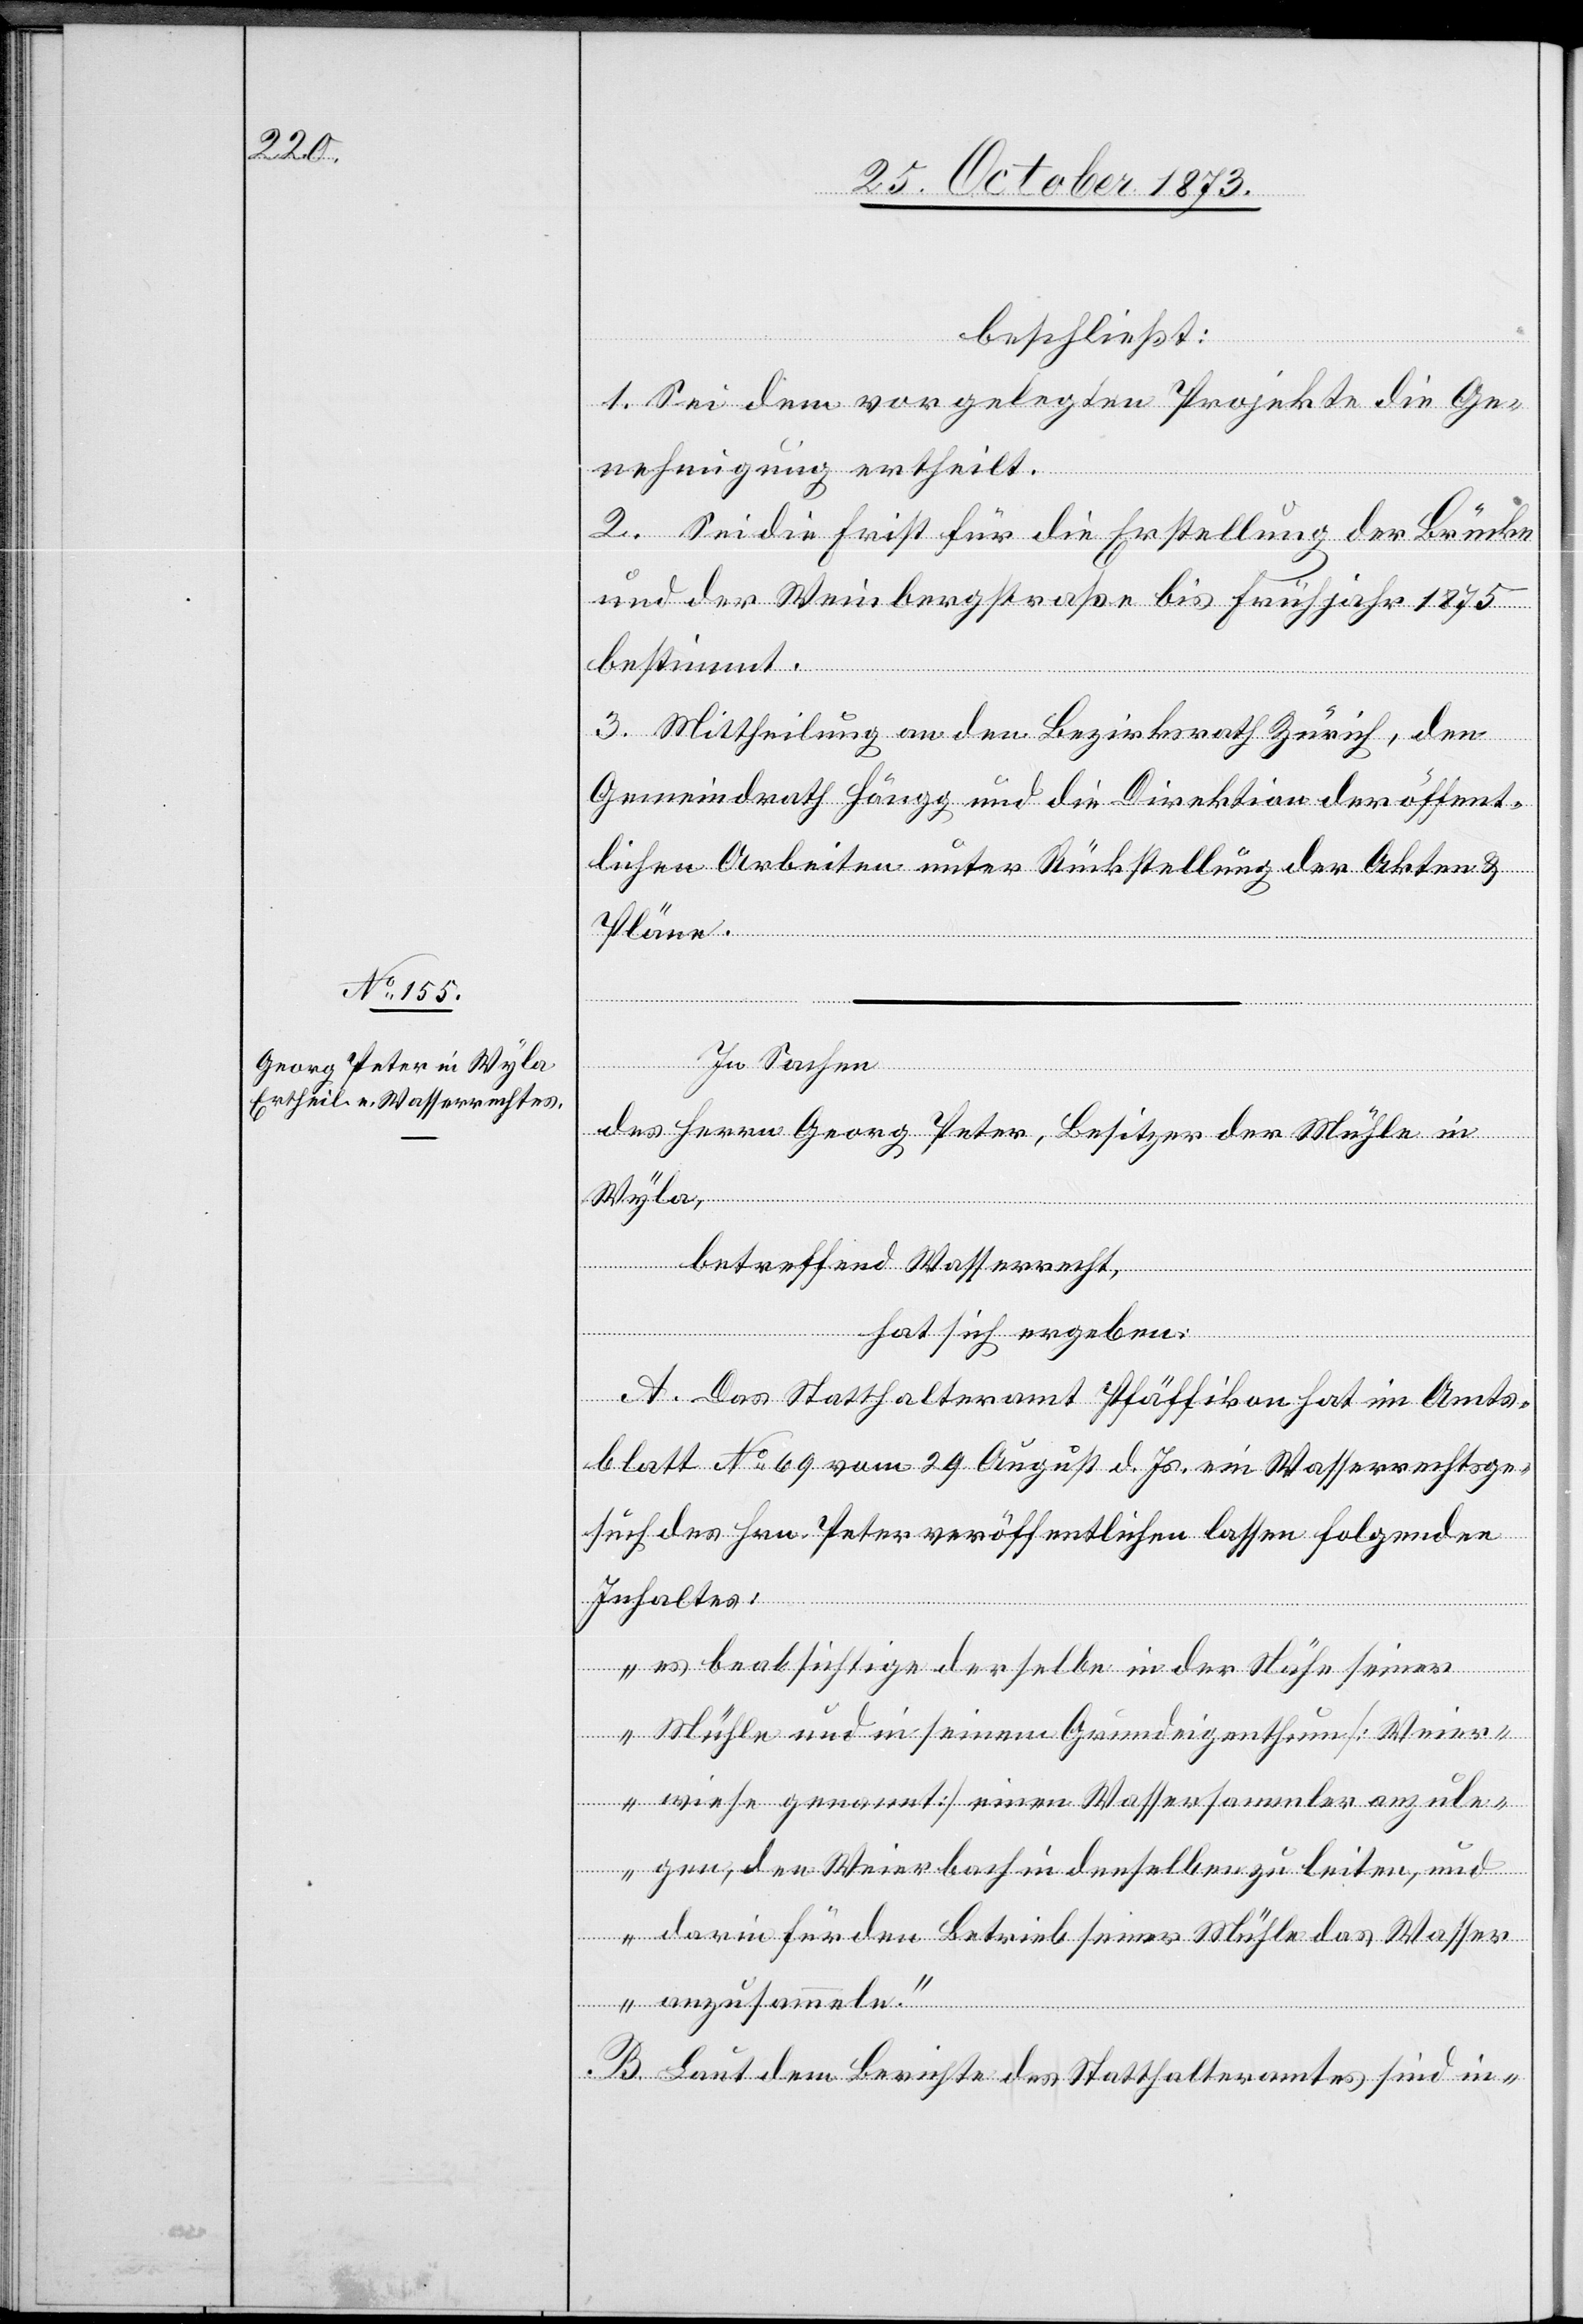
beschließt:
1. Sei dem vorgelegten Projekte die Ge¬
nehmigung ertheilt.
2. Sei die Frist für die Erstellung der Brücke
und der Weinbergstraße bis Frühjahr 1875
bestimmt.
3. Mittheilung an den Bezirksrath Zürich, den
Gemeindrath Höngg und die Direktion der öffent¬
lichen Arbeiten unter Rückstellung der Akten &
Pläne.
In Sachen
des Herrn Georg Peter, Besitzer der Mühle in
Wyla,
betreffend Wasserrecht,
hat sich ergeben:
A. Das Statthalteramt Pfäffikon hat im Amts¬
blatt No 69 vom 29. August d. Js. ein Wasserrechtsge¬
such des Hrn. Peter veröffentlichen lassen folgenden
Inhaltes:
„es beabsichtige derselbe in der Nähe seiner
Mühle und in seinem Grundeigenthum [Weier¬
wiese genannt] einen Wassersammler anzule¬
gen, den Weierbach in denselben zu leiten, und
darin für den Betrieb seiner Mühle das Wasser
anzusammeln.“
B. Laut dem Berichte des Statthalteramtes sind in-